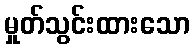
မှုတ်သွင်းထားသော